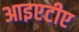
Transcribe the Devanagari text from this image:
आइएटीए